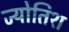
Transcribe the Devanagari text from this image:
ज्योतिश